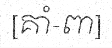
[គាំ-ពា]